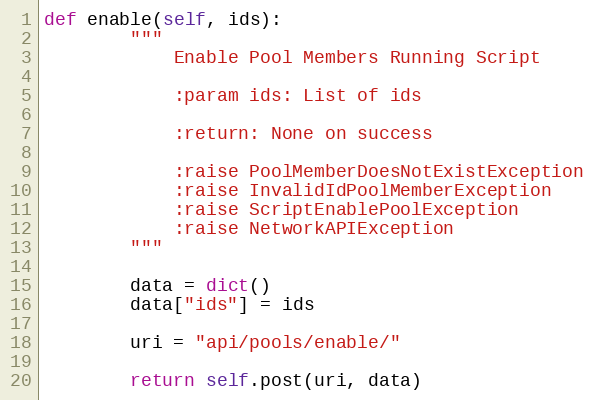
Language: Python
def enable(self, ids):
        """
            Enable Pool Members Running Script

            :param ids: List of ids

            :return: None on success

            :raise PoolMemberDoesNotExistException
            :raise InvalidIdPoolMemberException
            :raise ScriptEnablePoolException
            :raise NetworkAPIException
        """

        data = dict()
        data["ids"] = ids

        uri = "api/pools/enable/"

        return self.post(uri, data)